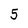
Character: 5